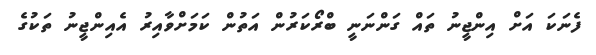
ފެނަކަ އަށް އިންޖީނު ތައް ގަންނަނީ ބްރޯކަރުން އަތުން ކަމަށްވާއިރު އެއިންޖީނު ތަކުގެ